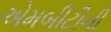
એમબીટીની